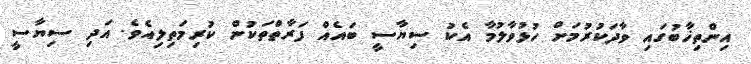
އިންތިޚާބުގައި ވާދަކުރުމަށް ހުޅުވާލުމާ އެކު ސިޔާސީ ބައެއް ފަރާތްތަކުން ކުރިމަތިލިއެވެ. އަދި ސިޔާސީ